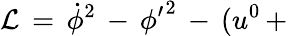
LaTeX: {\cal L}\, =\, \dot{\phi}^{2}\, -\, {\phi^{\prime}}^{2}\, -\, (u^{0}\, +